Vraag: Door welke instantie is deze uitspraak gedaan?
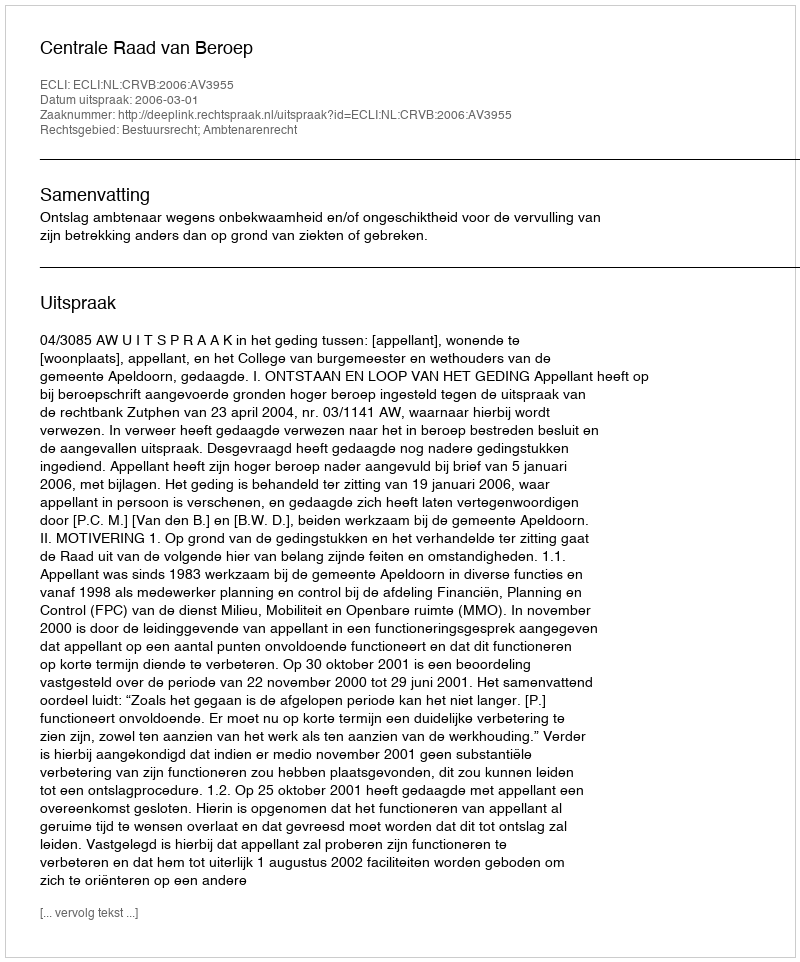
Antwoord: Centrale Raad van Beroep